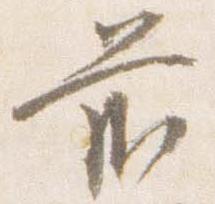
前